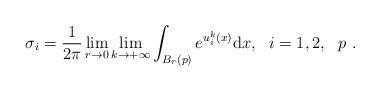
LaTeX: \begin{align*}\sigma_i=\frac{1}{2\pi}\lim_{r\rightarrow 0}\lim_{k\rightarrow+\infty}\int_{B_r(p)}e^{u_i^k(x)}\mathrm{d}x, \ \ i=1,2, \ \ p \ .\end{align*}